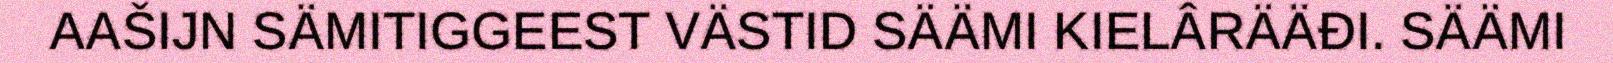
AAŠIJN SÄMITIGGEEST VÄSTID SÄÄMI KIELÂRÄÄĐI. SÄÄMI